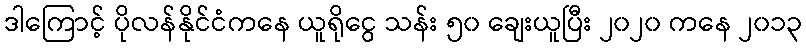
ဒါကြောင့် ပိုလန်နိုင်ငံကနေ ယူရိုငွေ သန်း ၅၀ ချေးယူပြီး ၂၀၂၀ ကနေ ၂၀၁၃